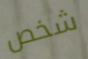
شخص